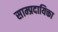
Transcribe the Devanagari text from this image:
साम्प्रदायिक्ता